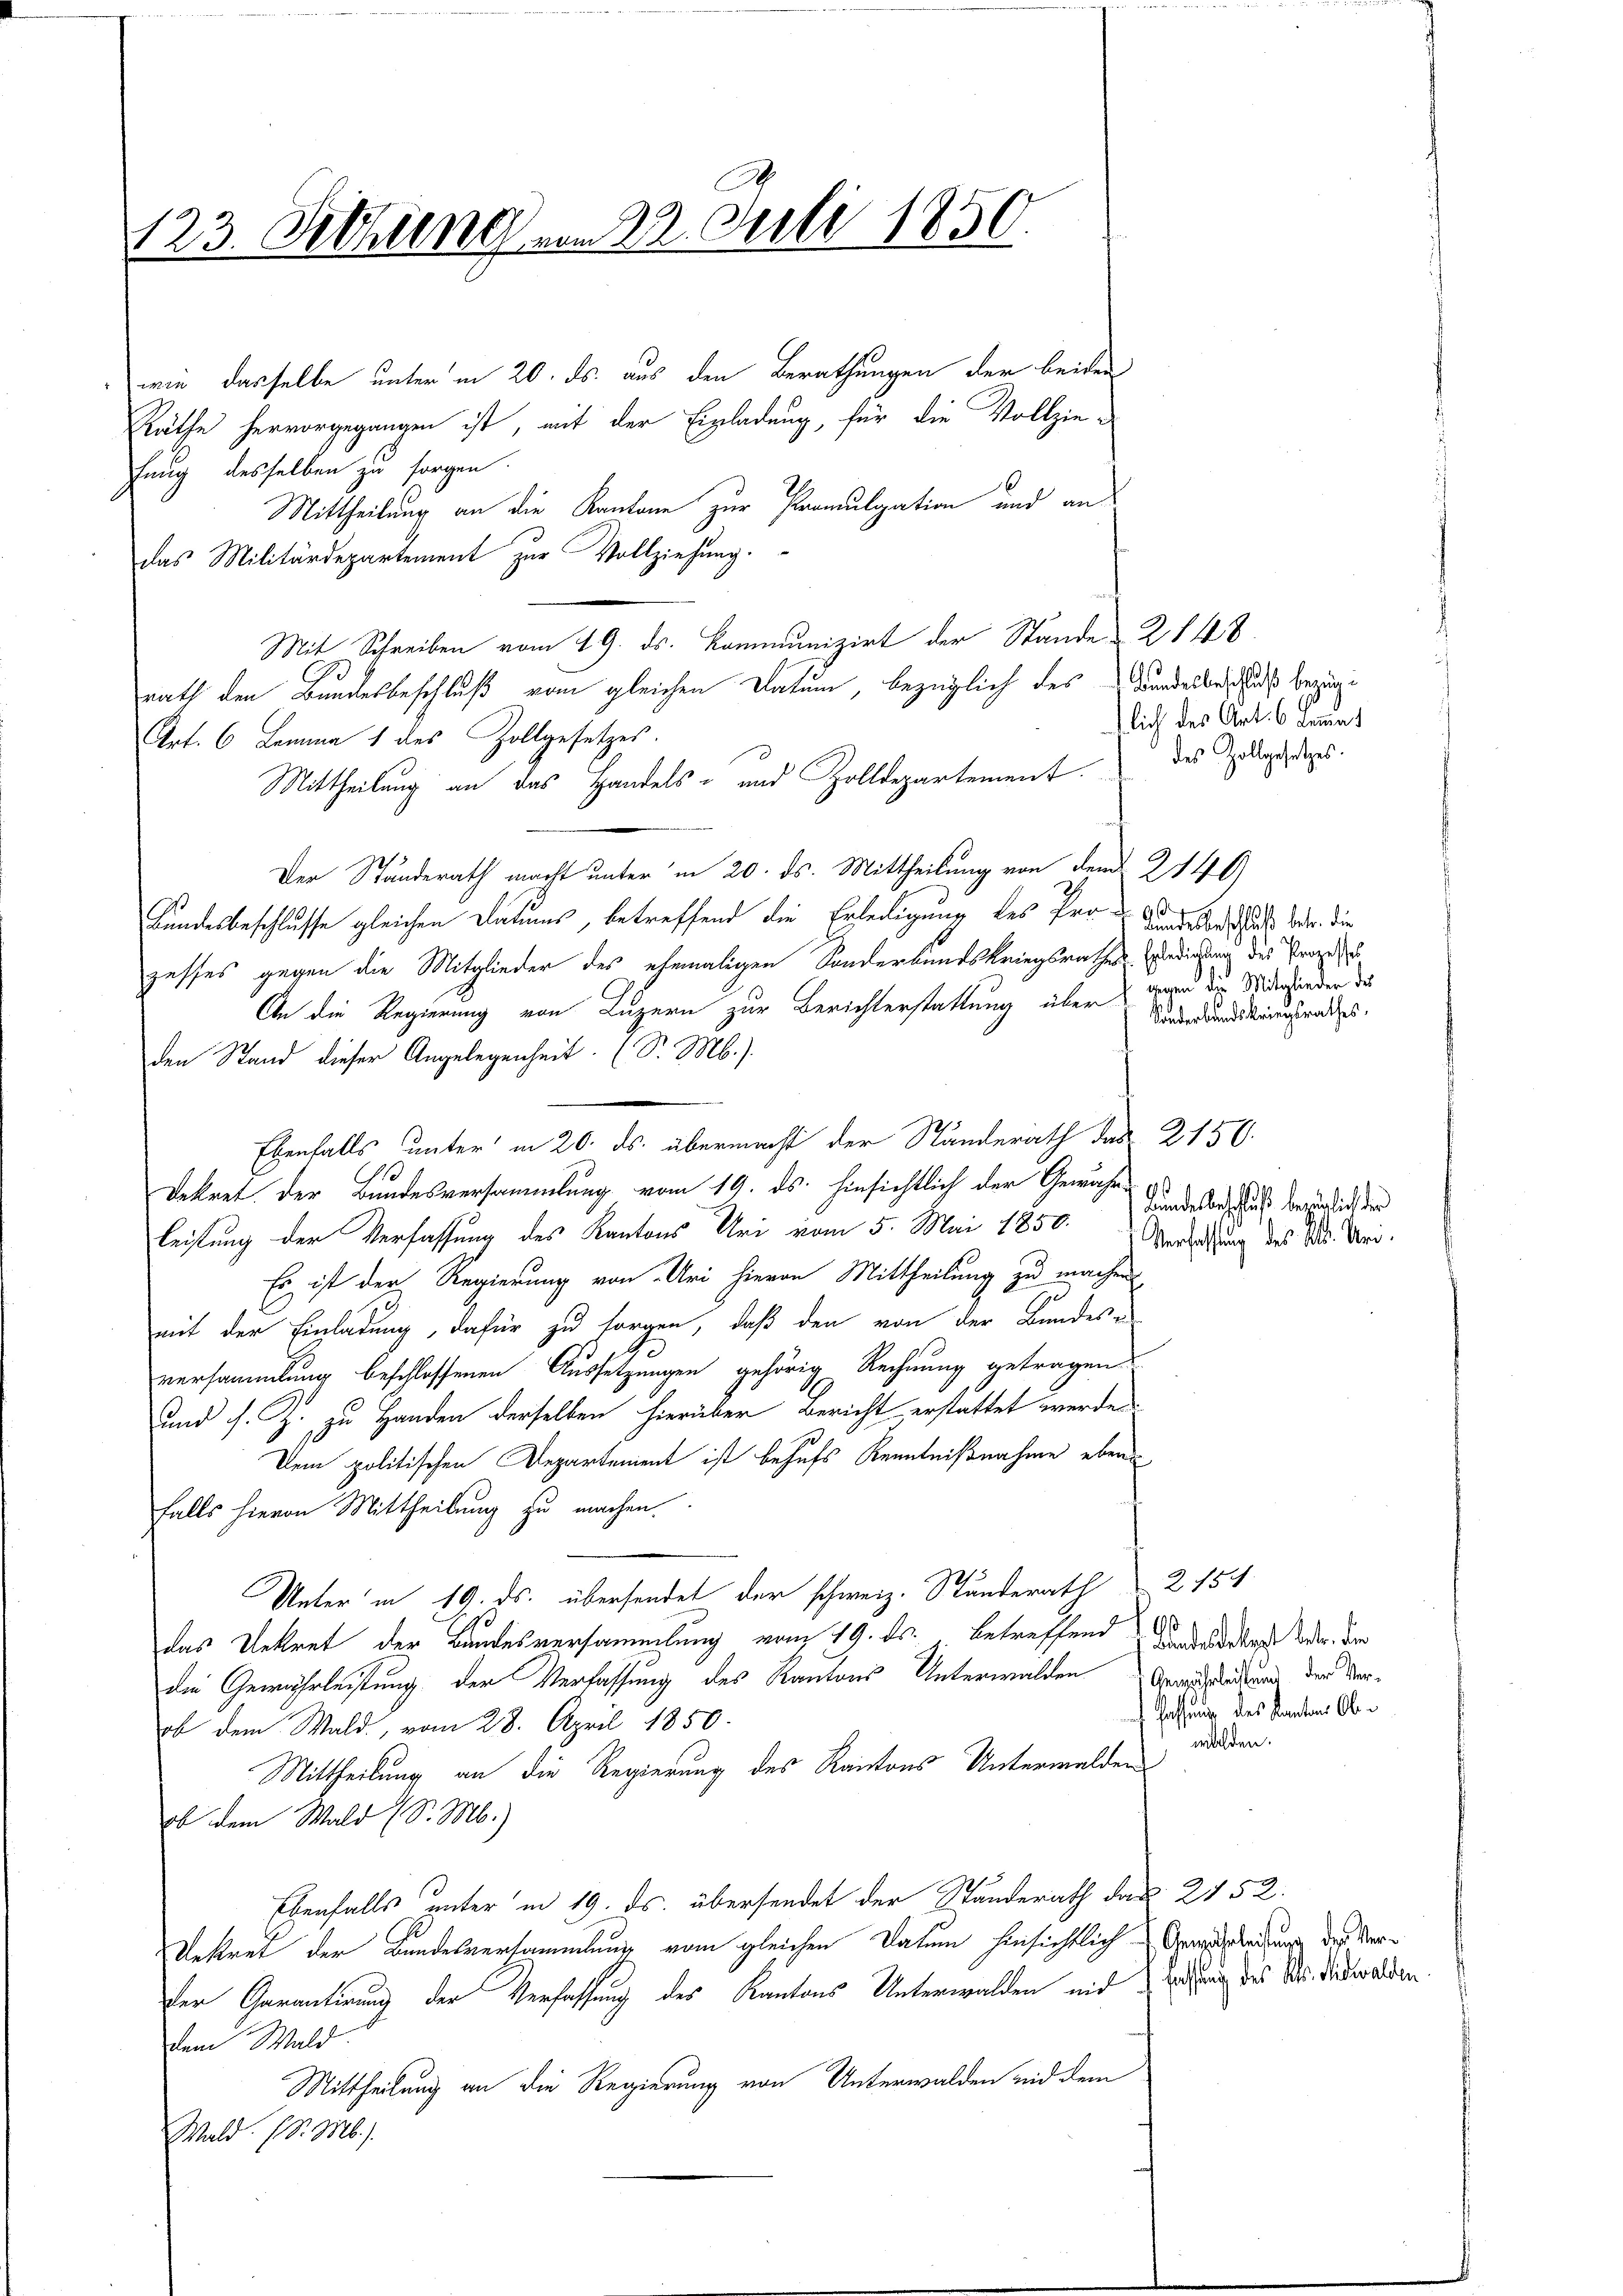
123. Diethung vom 22. Juli 1850.

wie dasselbe unter in 20. ds. aus den Berathungen der beiden
Räthe hervorgegangen ist, mit der Einladung, für die Vollziefung desselben zu sorgen.
Mittheilung an die Kantone zur Promulgation und an
das Militärdepartement zur Vollziehung.
Mit Schreiben vom 19. ds. Kommunizirt der Stände 2148.
rath den Bundesbeschluß vom gleichen Datum, bezüglich des Bundelbe des begange
Art. 6 Lemma 1 des Zollgesetzes.
Mittheilung an das Handels- und Zolldepartement. des Zollgas
Der Standerath macht unter in 20. ds. Mittheilung von dem § 2140)
Bundesbeschlusse gleichen Datums, betreffend die Erledigung des Prozesses gegen die Mitglieder des ehemaligen Sonderkundskriegsrathes Gedichung des Prozes
An die Regierung von Luzern zur Berichterstattung über dazu die Mitglieder des
den Stand dieser Angelegenheit. (S. M.).
Ebenfalls unter in 20. ds. übermacht der Standerath des 2150.
Dekret der Bundesversammlung vom 19. ds. hinsichtlich der Gewähr-
leitung der Verfassung des Kantons Uri vom 5. Mai 1850. Versatzung des 245. Uri.
Es ist der Regierung von Uri hievon Mittheilung zu machen
mit der Einladung, dafür zu sorgen, daß den von der Bundes-
)
versammlung beschlossenen Aussetzungen gehörig Rechnung getragend
und s. Z. zu Handen derselben hierüber Bericht erstattet werde.
Dem politischen Departement ist behufs Kenntnißnahme ebend
falls hievon Mittheilung zu machen
Unter in 19. ds. übersendet der schweiz. Ständerath 2154
das Dekret der Bandesversammlung vom 19. ds. betreffend Andereditare der der
die Gewährleistung der Verfassung des Kantons Unterwalden Darausstadtung der Verob dem Wald, vom 28. April 1850.
Mittheilung an die Regierung des Kantons Unterwalden
ob dem Wald (S. M.)
Ebenfalls unter in 19. ds. übersendet der Standerath das 2152.
Uekret der Bundesversammlung vom gleichen Datum hinsichtlich Genausleitung des Verder Garantirung der Verfassung des Kantons Unterwalden mit regung des Dr. Nidwalden
dem Wald
Mittheilung an die Regierung von Unterwalden nid dem
Wald. (S. M.).

lich des Art. 6 kamme

s
Kindesbeschluß betr. die
Sonderbandskriegsrathes,

Landesbeschluß bezüglich der

s
haffung des Kanton Obe
walden.